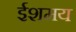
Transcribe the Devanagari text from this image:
ईशमय